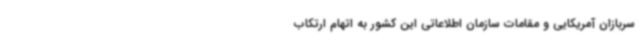
سربازان آمریکایی و مقامات سازمان اطلاعاتی این کشور به اتهام ارتکاب